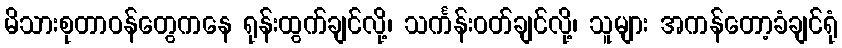
မိသားစုတာဝန်တွေကနေ ရုန်းထွက်ချင်လို့၊ သင်္ကန်းဝတ်ချင်လို့၊ သူများ အကန်တော့ခံချင်ရုံ